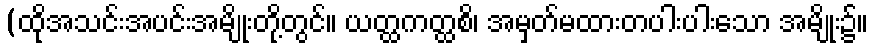
(ထိုအသင်းအပင်းအမျိုးတို့တွင်။ ယတ္ထကတ္ထစိ၊ အမှတ်မထားတပါးပါးသော အမျိုး၌။